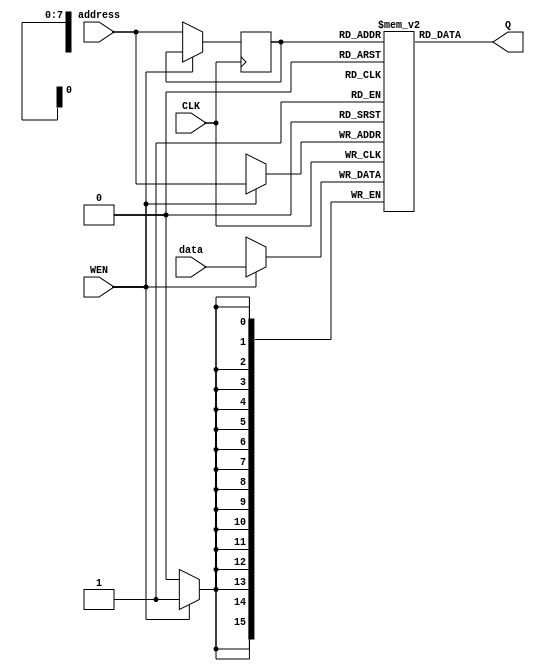
module SPR_design
  #(parameter AW = 8,
    parameter DW = 16,
    parameter depth = 256)
 
  (input wire [DW-1:0] data,
   input wire [AW-1:0] address,
   input wire WEN, CLK,
   output reg [DW-1:0] Q);

  reg [DW-1:0] RAM [depth-1:0];
  reg [AW-1:0] addr_reg;

  always @(posedge CLK)
    if (WEN) 
        RAM[address] <= data; 
    else 
        addr_reg <= address;

  always @* Q = RAM[addr_reg];

endmodule